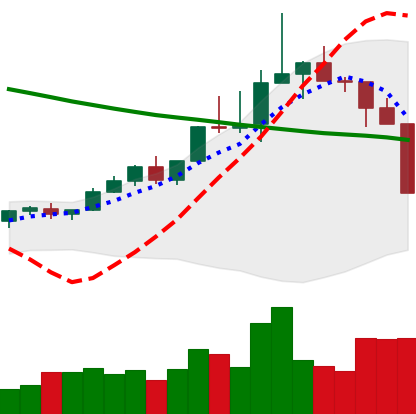
Ticker: TRX-USD
Chart end date: 2022-04-06
Forward return: -7.994%
Label: down_7plus